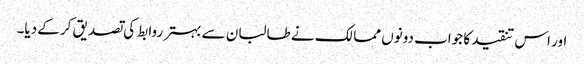
اور اس تنقید کا جواب دونوں ممالک نے طالبان سے بہتر روابط کی تصدیق کرکے دیا۔